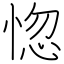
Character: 惚